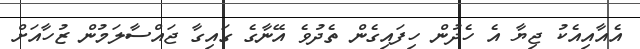
އެއާއިއެކު ޖިޔާ އެ ހެދުން ހިފައިގެން ތެދުވެ އޭނާގެ ގައިގާ ޖައްސާލަމުން ޒުހާއަށް